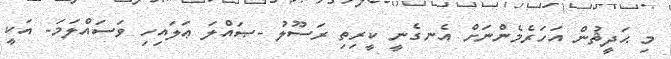
މި ޙަދީޘުން އަހަރެމެންނަށް އެނގެނީ ކީރިތި ރަސޫލު -ޞައްލަ ޢަލައިހި ވަސައްލަމަ- އަކީ